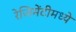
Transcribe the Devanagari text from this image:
रेजिमेंटीमध्ये